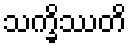
သက္ခိဿတိ